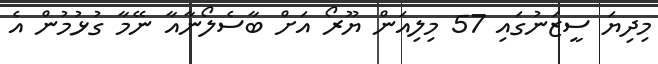
މިދިޔަ ސީޒަނުގައި 57 މިލިއަން ޔޫރޯ އަށް ބާސެލޯނާއާ ނޭމާ ގުޅުމުން އެ